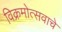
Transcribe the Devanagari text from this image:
विक्रमोत्सवाचे